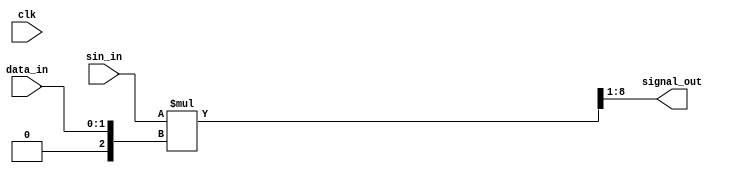
module pam_mixer(
  input clk,
  input [1:0] data_in,
  input signed [7:0] sin_in,
  output signed [7:0] signal_out
);
  wire signed [2:0] signed_data_in;
  wire signed [10:0] temp_storage;
  //
  // always@(*)
  // begin
  //   temp_storage = sin_in*
  // end
  assign signed_data_in = data_in;
  assign temp_storage = sin_in*signed_data_in;
  assign signal_out = temp_storage>>>1;

endmodule